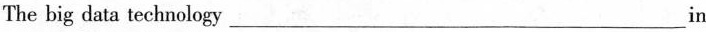
The big data technology ___ in